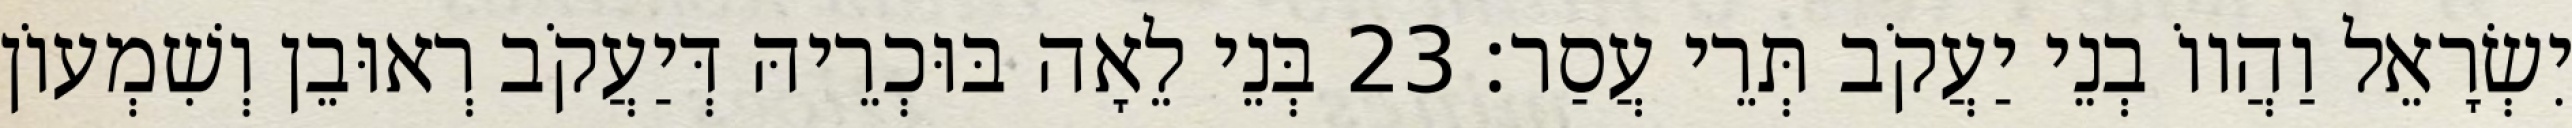
יִשְׂרָאֵל וַהֲווֹ בְנֵי יַעֲקֹב תְּרֵי עֲסַר׃ 23 בְּנֵי לֵאָה בּוּכְרֵיהּ דְּיַעֲקֹב רְאוּבֵן וְשִׁמְעוֹן